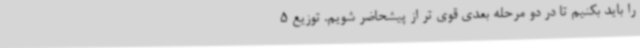
را باید بکنیم تا در دو مرحله بعدی قوی تر از پیشحاضر شویم. توزیع 5